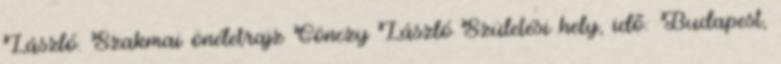
László. Szakmai önéletrajz Gönczy László Születési hely, idõ: Budapest,